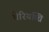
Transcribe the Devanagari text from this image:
चेरियच्चि